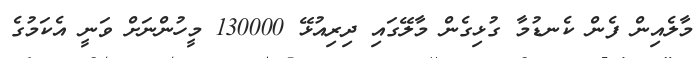
މާލެއިން ފެން ކެނޑުމާ ގުޅިގެން މާލޭގައި ދިރިއުޅޭ 130000 މީހުންނަށް ވަނީ އެކަމުގެ